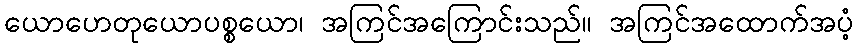
ယောဟေတုယောပစ္စယော၊ အကြင်အကြောင်းသည်။ အကြင်အထောက်အပံ့